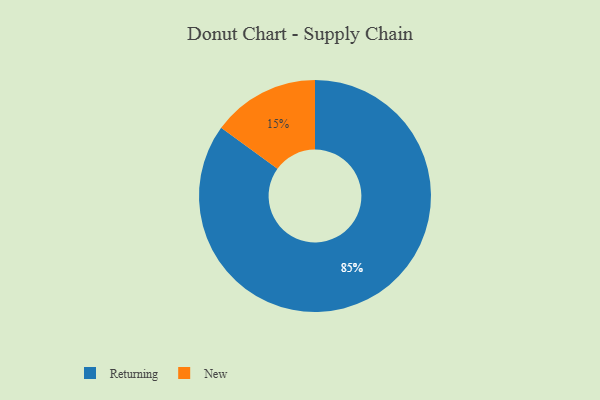
{"axis": {"x": "Category", "y": "Percentage"}, "legend": ["New", "Returning"], "data": [{"x": "New", "y": 15, "type": "New"}, {"x": "Returning", "y": 85, "type": "Returning"}]}